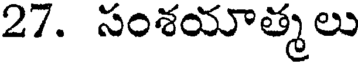
27. సంశయాత్మలు